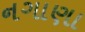
નગાણા